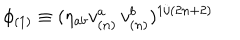
\phi _ { ( 1 ) } \equiv ( \eta _ { a b } v _ { ( n ) } ^ { a } \, v _ { ( n ) } ^ { b } ) ^ { 1 / ( 2 n + 2 ) }